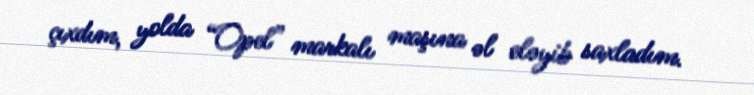
çıxdım, yolda “Opel” markalı maşına əl eləyib saxladım.